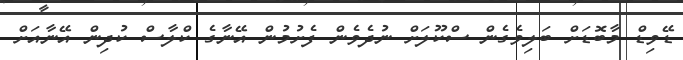
ޑޭވިޑް މާބޮޑަށް ބަލިވެގެން ސްކޫލަށް ނުދެވެން ފެށުމުން އޭނާގެ ކްލާސް ކުދިން އޭނާއަށް